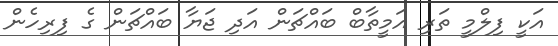
އަކީ ފިލްމީ ތަރި އަމީތާބް ބައްޗަން އަދި ޖަޔާ ބައްޗަން ގެ ފިރިހެން